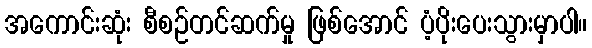
အကောင်းဆုံး စီစဉ်တင်ဆက်မှု ဖြစ်အောင် ပံ့ပိုးပေးသွားမှာပါ။